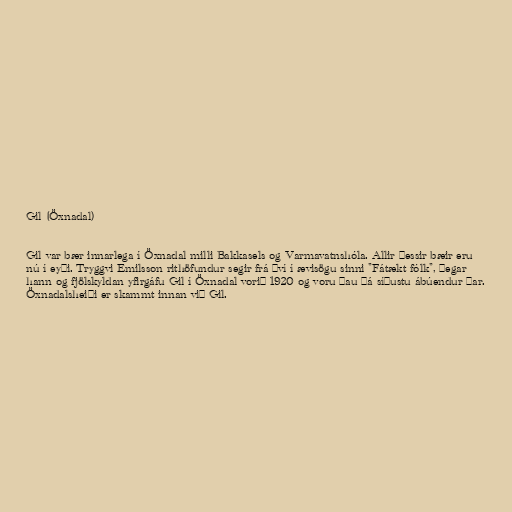
Gil (Öxnadal)

Gil var bær innarlega í Öxnadal milli Bakkasels og Varmavatnshóla. Allir þessir bæir eru
nú í eyði. Tryggvi Emilsson rithöfundur segir frá því í ævisögu sinni "Fátækt fólk", þegar
hann og fjölskyldan yfirgáfu Gil í Öxnadal vorið 1920 og voru þau þá síðustu ábúendur þar.
Öxnadalsheiði er skammt innan við Gil.